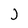
Character: J